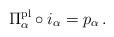
LaTeX: \begin{align*} \Pi_\alpha^{\mathrm{pl}} \circ i_\alpha = p_\alpha\,.\end{align*}